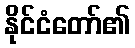
နိုင်ငံတော်၏